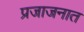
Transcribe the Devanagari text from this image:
प्रजाजनात